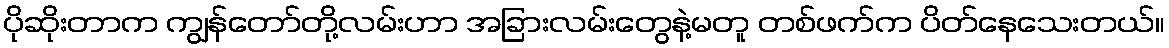
ပိုဆိုးတာက ကျွန်တော်တို့လမ်းဟာ အခြားလမ်းတွေနဲ့မတူ တစ်ဖက်က ပိတ်နေသေးတယ်။